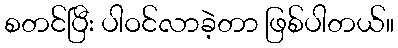
စတင်ပြီး ပါဝင်လာခဲ့တာ ဖြစ်ပါတယ်။